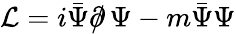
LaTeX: {\cal L}=i\bar{\Psi}\partial\! \! \! /\, \Psi-m\bar{\Psi}\Psi